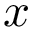
x